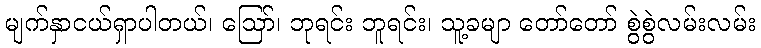
မျက်နှာငယ်ရှာပါတယ်၊ ဪ၊ ဘုရင်း ဘူရင်း၊ သူ့ခမျာ တော်တော် စွဲစွဲလမ်းလမ်း